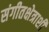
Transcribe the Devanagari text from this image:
संगीतक्षेत्राशी